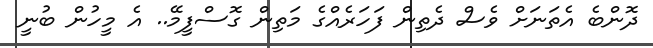
ދޮންބެ އެތަނަށް ވެސް ދެތިން ފަހަރެއްގެ މަތިން ގޮސްފީމޭ.. އެ މީހުން ބުނީ